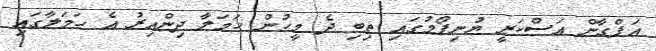
އަފްގާން އަސްކަރީ ޔުނިފޯމުގައި ތިބި ދެ މީހުން ހަމަލާ ދިންއިރު އެ ހަމަލާގައި